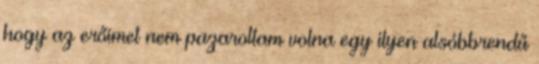
hogy az erőimet nem pazaroltam volna egy ilyen alsóbbrendű